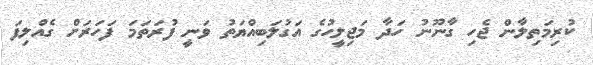
ކުރިމަތިލާން ޖެހި ގާނޫނު ހަދާ މަޖިލީހުގެ އަގުލަބިއްޔަތު ވަނީ ފުރަތަމަ ފަހަރަށް ގެއްލިފަ